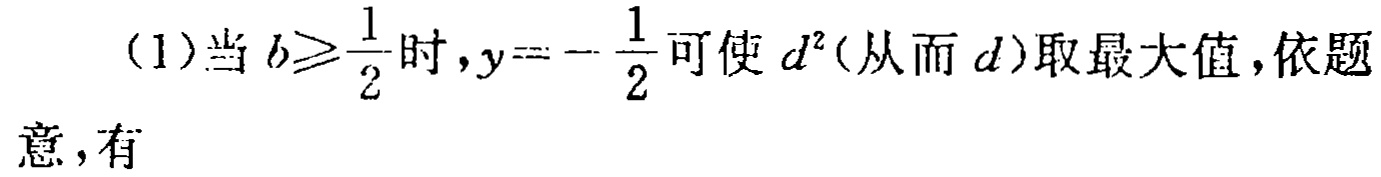
(1)当 \(b\geqslant\frac{1}{2}\) 时，\(y = -\frac{1}{2}\) 可使 \(d^{2}\)(从而 \(d\))取最大值，依题意，有